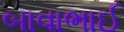
બાવાભાઈ